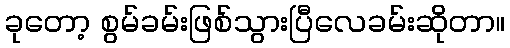
ခုတော့ စွမ်ခမ်းဖြစ်သွားပြီလေခမ်းဆိုတာ။